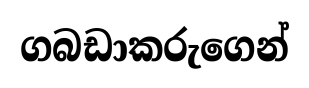
ගබඩාකරුගෙන්